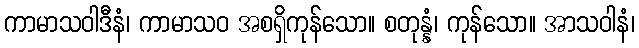
ကာမာသဝါဒီနံ၊ ကာမာသဝ အစရှိကုန်သော။ စတုန္နံ၊ ကုန်သော။ အာသဝါနံ၊